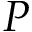
P